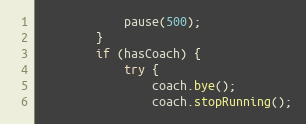
Language: Java
            pause(500);
        }
        if (hasCoach) {
            try {
                coach.bye();
                coach.stopRunning();